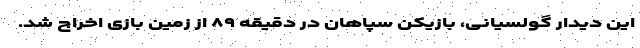
این دیدار گولسیانی، بازیکن سپاهان در دقیقه ۸۹ از زمین بازی اخراج شد.